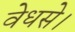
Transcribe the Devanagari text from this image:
वेधसे।